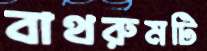
বাথরুমটি